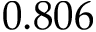
0 . 8 0 6